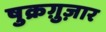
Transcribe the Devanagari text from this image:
षुक्रग़ुज़ार